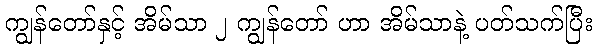
ကျွန်တော်နှင့် အိမ်သာ ၂ ကျွန်တော် ဟာ အိမ်သာနဲ့ ပတ်သက်ပြီး